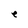
Character: e